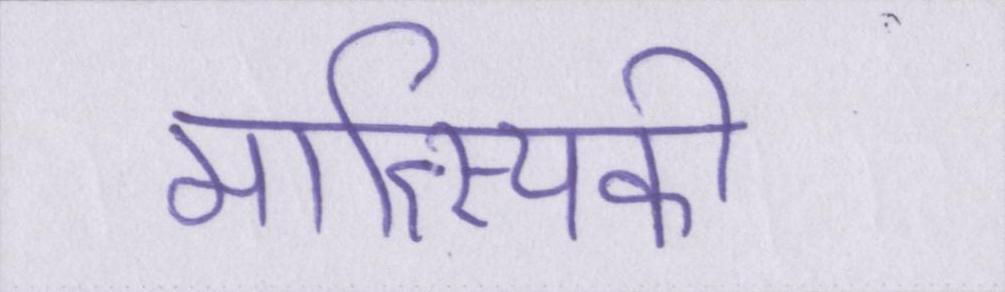
मात्स्यिकी